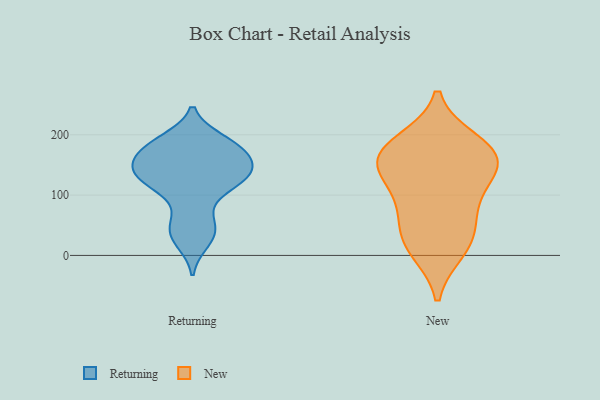
{"axis": {"x": "Population (Million)", "y": "Value"}, "legend": ["New", "Returning"], "data": [{"x": "", "y": 146, "type": "Returning"}, {"x": "", "y": 190, "type": "Returning"}, {"x": "", "y": 176, "type": "Returning"}, {"x": "", "y": 135, "type": "Returning"}, {"x": "", "y": 64, "type": "Returning"}, {"x": "", "y": 191, "type": "Returning"}, {"x": "", "y": 122, "type": "Returning"}, {"x": "", "y": 38, "type": "Returning"}, {"x": "", "y": 167, "type": "Returning"}, {"x": "", "y": 164, "type": "Returning"}, {"x": "", "y": 125, "type": "Returning"}, {"x": "", "y": 22, "type": "Returning"}, {"x": "", "y": 135, "type": "Returning"}, {"x": "", "y": 182, "type": "Returning"}, {"x": "", "y": 105, "type": "Returning"}, {"x": "", "y": 42, "type": "Returning"}, {"x": "", "y": 151, "type": "Returning"}, {"x": "", "y": 127, "type": "Returning"}, {"x": "", "y": 148, "type": "New"}, {"x": "", "y": 171, "type": "New"}, {"x": "", "y": 10, "type": "New"}, {"x": "", "y": 38, "type": "New"}, {"x": "", "y": 148, "type": "New"}, {"x": "", "y": 89, "type": "New"}, {"x": "", "y": 172, "type": "New"}, {"x": "", "y": 187, "type": "New"}, {"x": "", "y": 151, "type": "New"}, {"x": "", "y": 90, "type": "New"}, {"x": "", "y": 23, "type": "New"}]}